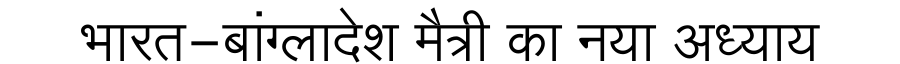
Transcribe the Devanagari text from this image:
भारत-बांग्लादेश मैत्री का नया अध्याय